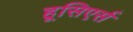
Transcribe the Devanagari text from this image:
हूसिएर्स